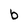
Character: b